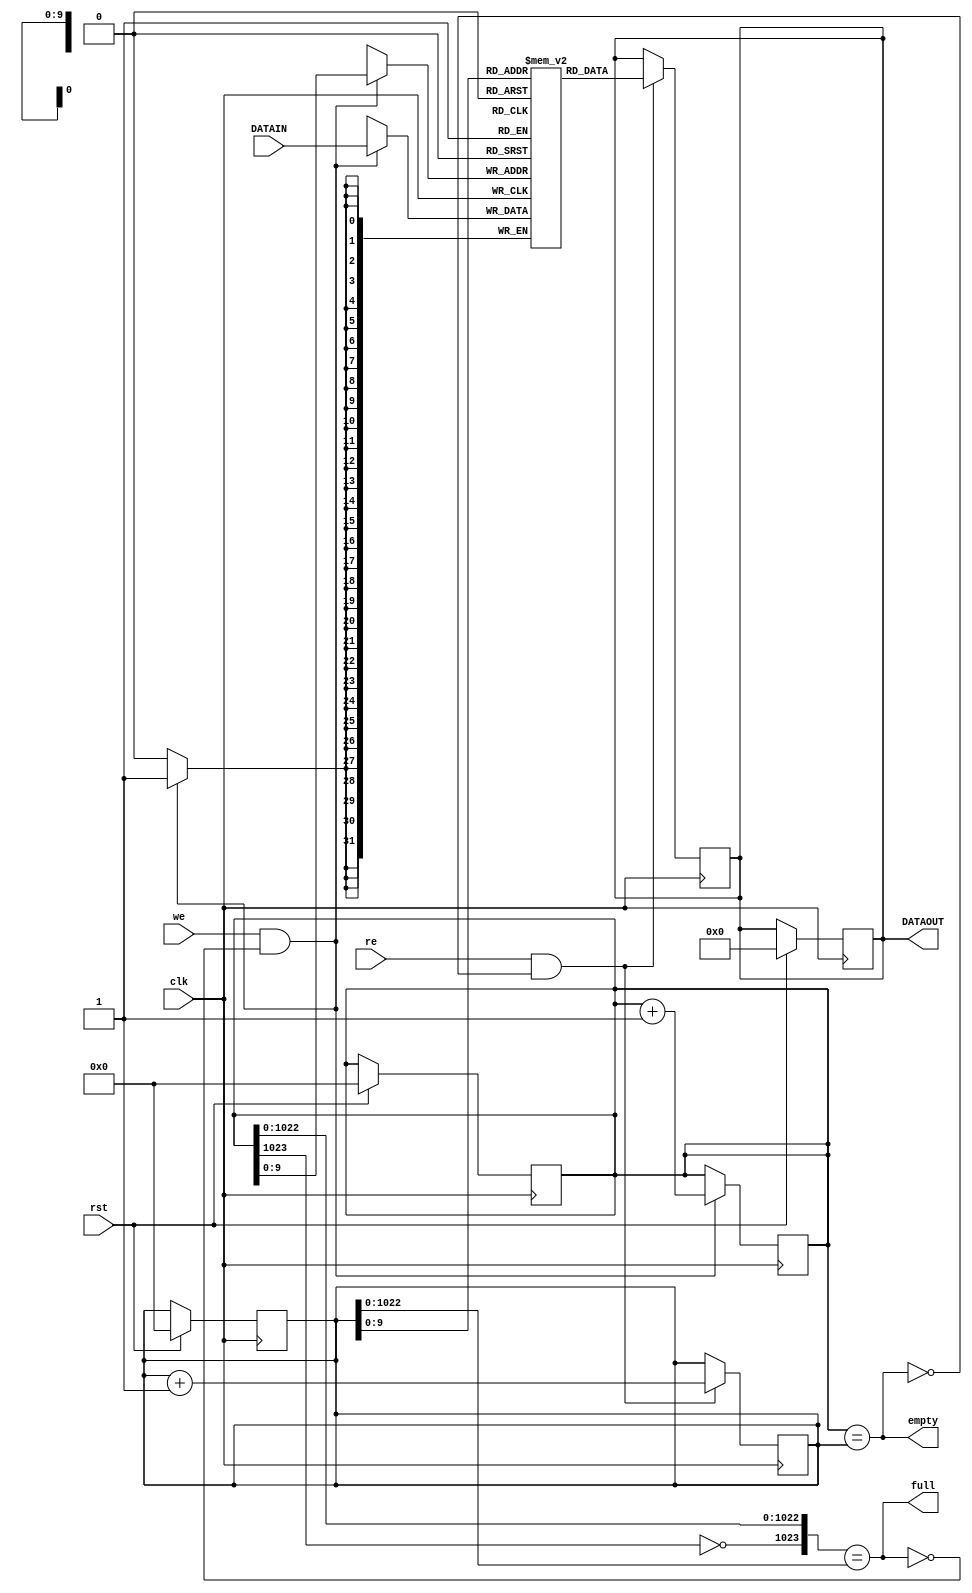
module sync_fifo (
  input clk, rst,
  input we, re,
  input [31:0] DATAIN,
  output reg [31:0] DATAOUT,
  output full,
  output empty
);
  
  reg [1023:0] wptr, rptr;
  reg [31:0] mem[1023:0];
  
  always @(posedge clk) begin
    if (rst) begin
      wptr <= 0;
      rptr <= 0;
      DATAOUT <= 0;
    end
  end
  
  always @(posedge clk) begin
    if (we & !full) begin
      mem[wptr] <= DATAIN;
      wptr <= wptr + 1;
    end
  end
  
  always @(posedge clk) begin
    if (re & !empty) begin
      DATAOUT <= mem[rptr];
      rptr <= rptr + 1;
    end
  end
  
  assign full = ({~wptr[1023], wptr[1022:0]} == rptr[1022:0]);
  assign empty = (wptr == rptr);
  
endmodule